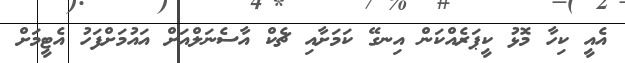
އެއީ ކިހާ މޮޅު ކީޕަރެއްކަން އިނގޭ ކަމަށާއި ޗެކް އާސެނަލްއަށް އައުމަށްފަހު އެޓީމަށް